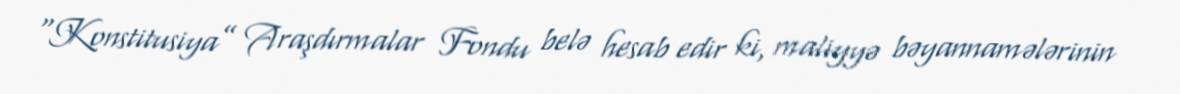
“Konstitusiya” Araşdırmalar Fondu belə hesab edir ki, maliyyə bəyannamələrinin